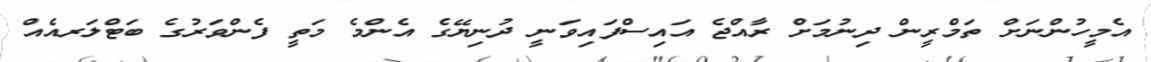
އެމީހުންނަށް ތަމްރީން ދިނުމަށް ރާއްޖެ އައިސްފައިވަނީ ދުނިޔޭގެ އެންމެ މަތީ ފެންވަރުގެ ބަޓްލަރއެއް